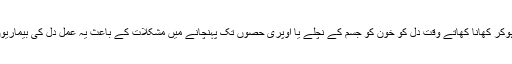
ماہرین نے بتایا کہ کھڑے ہوکر کھانا کھاتے وقت دل کو خون کو جسم کے نچلے یا اوپری حصوں تک پہنچانے میں مشکلات کے باعث یہ عمل دل کی بیماریوں کا سبب بھی بن سکتا ہے۔